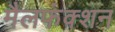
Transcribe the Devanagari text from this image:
मैलफंक्शन